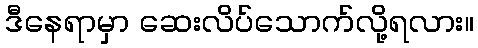
ဒီနေရာမှာ ဆေးလိပ်သောက်လို့ရလား။